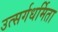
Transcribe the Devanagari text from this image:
उत्सर्गधर्मिता